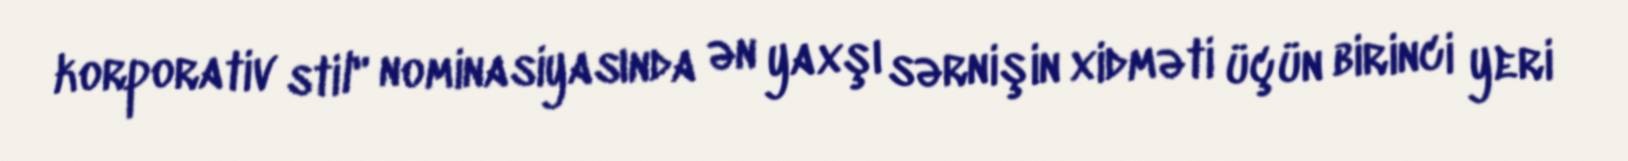
korporativ stil" nominasiyasında ən yaxşı sərnişin xidməti üçün birinci yeri